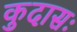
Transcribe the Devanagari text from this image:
कुदासः